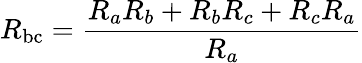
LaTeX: R_{\mathrm{bc}}={\frac{R_{a}R_{b}+R_{b}R_{c}+R_{c}R_{a}}{R_{a}}}